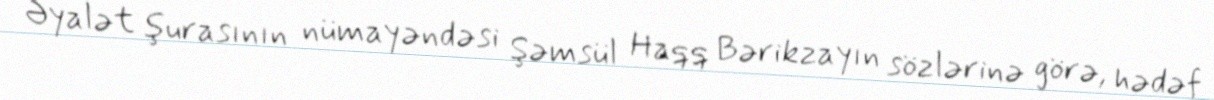
Əyalət şurasının nümayəndəsi Şəmsül Haqq Bərikzayın sözlərinə görə, hədəf